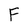
Character: F